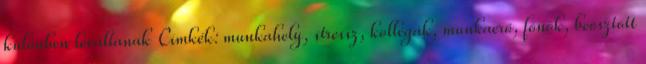
különben leváltanak Címkék: munkahely, stressz, kollégák, munkaerő, főnök, beosztott